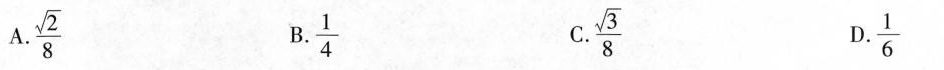
A.\frac{\sqrt{2}}{8} B.\frac{1}{4} C.\frac{\sqrt{3}}{8} D.\frac{1}{6}